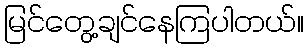
မြင်တွေ့ချင်နေကြပါတယ်။